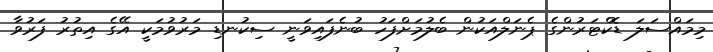
މިމައްސަލަ ޑޮކްޓަރުންގެ ޕެނަލްއަކުން ބެލުމަށްފަހު ބުނެފައިވަނީ ސިކުނޑި މަރުވުމަކީ އޭގެ އިތުރު ފަރުވާ